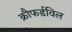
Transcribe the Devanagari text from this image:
क्रौफर्डविल